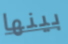
بينها